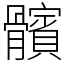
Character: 髕